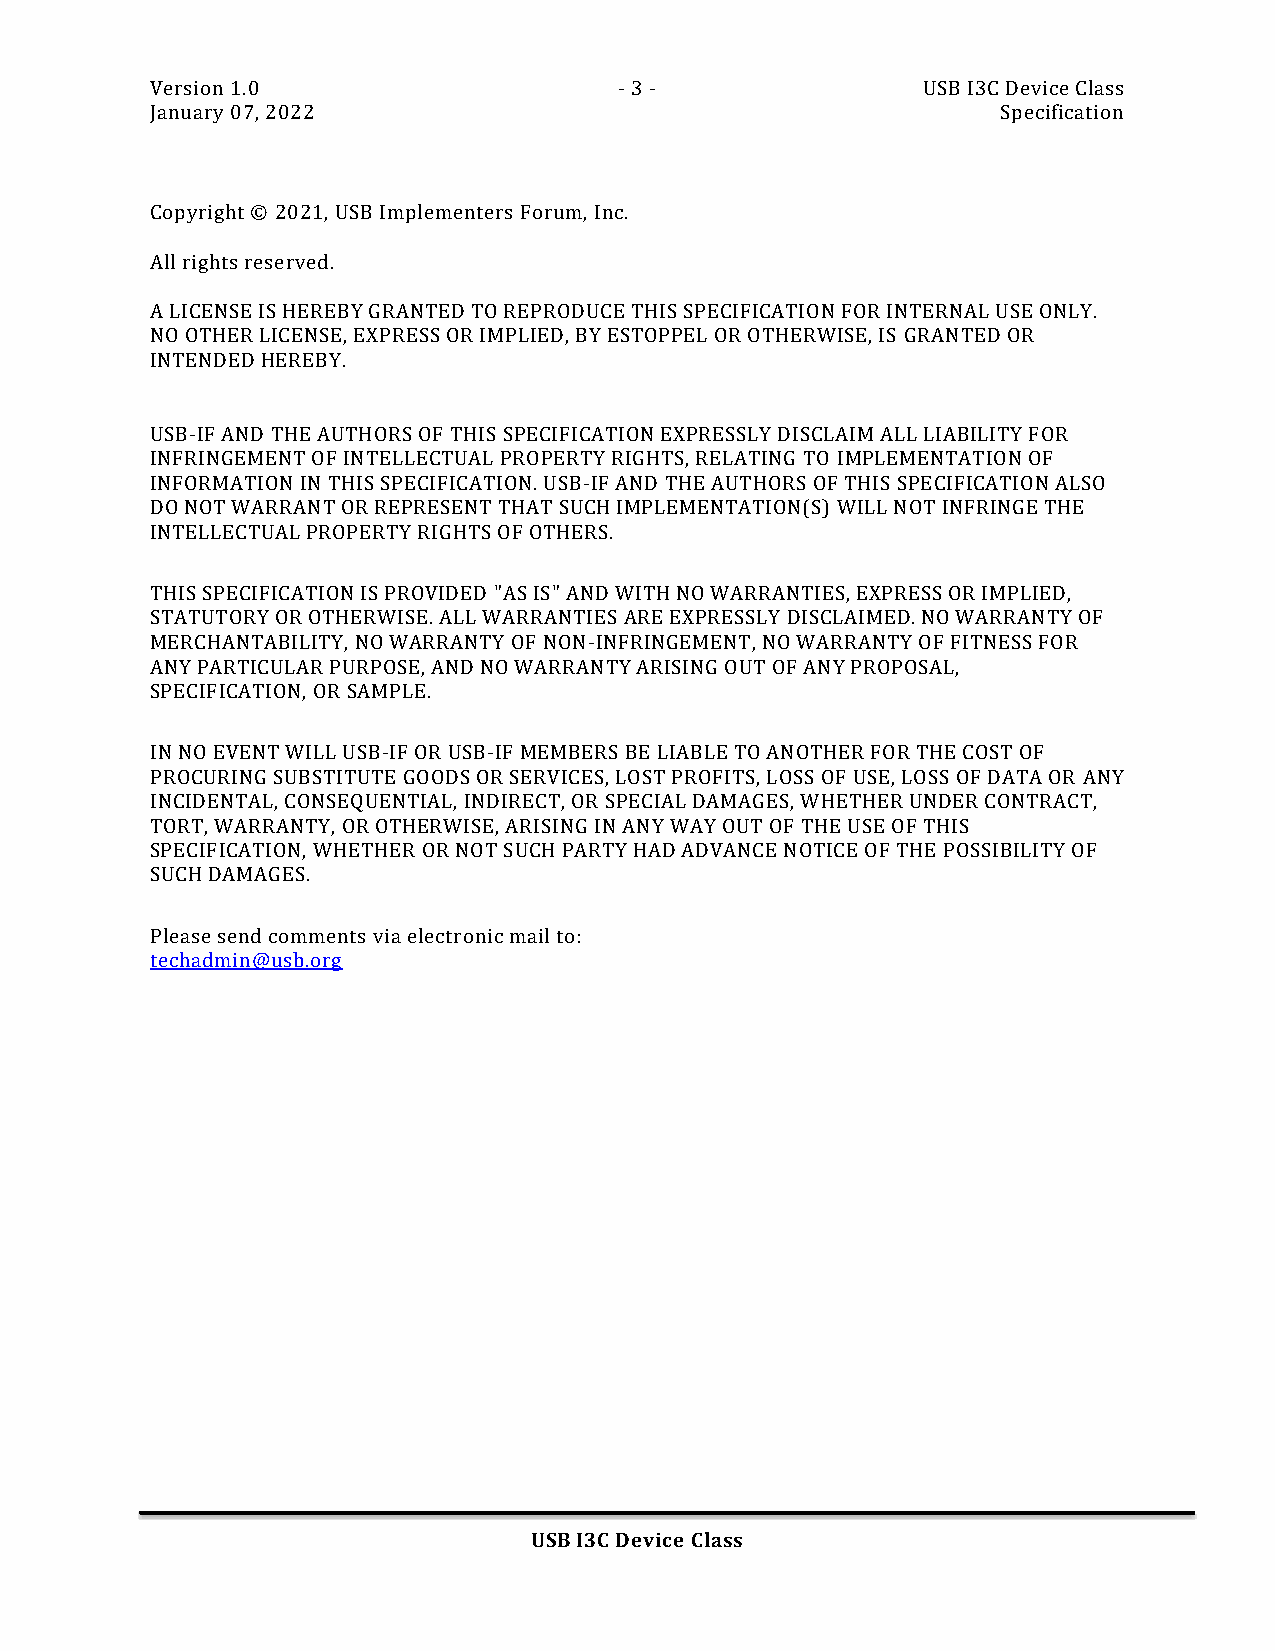
Version 1.0                    - 3 -               USB I3C Device Class
 January 07, 2022                                        Specification
 Copyright © 2021, USB Implementers Forum, Inc.
 All rights reserved.
 A LICENSE IS HEREBY GRANTED TO REPRODUCE THIS SPECIFICATION FOR INTERNAL USE ONLY.
 NO OTHER LICENSE, EXPRESS OR IMPLIED, BY ESTOPPEL OR OTHERWISE, IS GRANTED OR
 INTENDED HEREBY.
 USB-IF AND THE AUTHORS OF THIS SPECIFICATION EXPRESSLY DISCLAIM ALL LIABILITY FOR
 INFRINGEMENT OF INTELLECTUAL PROPERTY RIGHTS, RELATING TO IMPLEMENTATION OF
 INFORMATION IN THIS SPECIFICATION. USB-IF AND THE AUTHORS OF THIS SPECIFICATION ALSO
 DO NOT WARRANT OR REPRESENT THAT SUCH IMPLEMENTATION(S) WILL NOT INFRINGE THE
 INTELLECTUAL PROPERTY RIGHTS OF OTHERS.
 THIS SPECIFICATION IS PROVIDED "AS IS" AND WITH NO WARRANTIES, EXPRESS OR IMPLIED,
 STATUTORY OR OTHERWISE. ALL WARRANTIES ARE EXPRESSLY DISCLAIMED. NO WARRANTY OF
 MERCHANTABILITY, NO WARRANTY OF NON-INFRINGEMENT, NO WARRANTY OF FITNESS FOR
 ANY PARTICULAR PURPOSE, AND NO WARRANTY ARISING OUT OF ANY PROPOSAL,
 SPECIFICATION, OR SAMPLE.
 IN NO EVENT WILL USB-IF OR USB-IF MEMBERS BE LIABLE TO ANOTHER FOR THE COST OF
 PROCURING SUBSTITUTE GOODS OR SERVICES, LOST PROFITS, LOSS OF USE, LOSS OF DATA OR ANY
 INCIDENTAL, CONSEQUENTIAL, INDIRECT, OR SPECIAL DAMAGES, WHETHER UNDER CONTRACT,
 TORT, WARRANTY, OR OTHERWISE, ARISING IN ANY WAY OUT OF THE USE OF THIS
 SPECIFICATION, WHETHER OR NOT SUCH PARTY HAD ADVANCE NOTICE OF THE POSSIBILITY OF
 SUCH DAMAGES.
 Please send comments via electronic mail to:
 techadmin@usb.org
 USB I3C Device Class